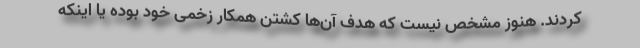
کردند. هنوز مشخص نیست که هدف آن‌ها کشتن همکار زخمی خود بوده یا اینکه